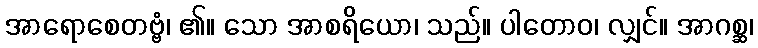
အာရောစေတဗ္ဗံ၊ ၏။ သော အာစရိယော၊ သည်။ ပါတောဝ၊ လျှင်။ အာဂစ္ဆ၊